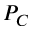
P _ { C }